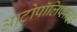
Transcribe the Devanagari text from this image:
आटोपॉलिप्लाइड